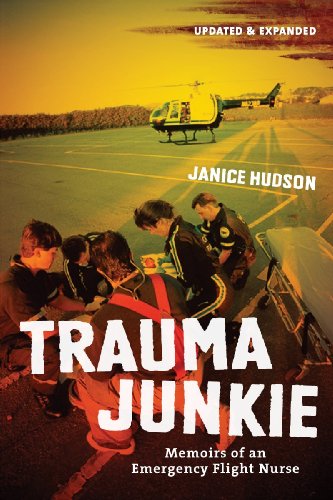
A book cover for Trauma Junkie: Memoirs of an Emergency Flight Nurse; Janice Hudson; Medical Books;